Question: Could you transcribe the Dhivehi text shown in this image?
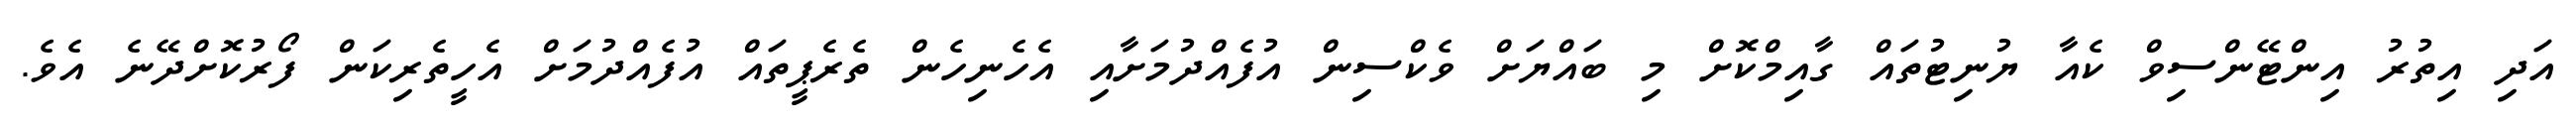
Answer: އަދި އިތުރު އިންޓޭންސިވް ކެއާ ޔުނިޓުތައް ގާއިމްކޮށް މި ބައްޔަށް ވެކްސިން އުފެއްދުމަށާއި އެހެނިހެން ތެރެޕީތައް އުފެއްދުމަށް އެހީތެރިކަން ފޯރުކޮށްދޭނެ އެވެ.